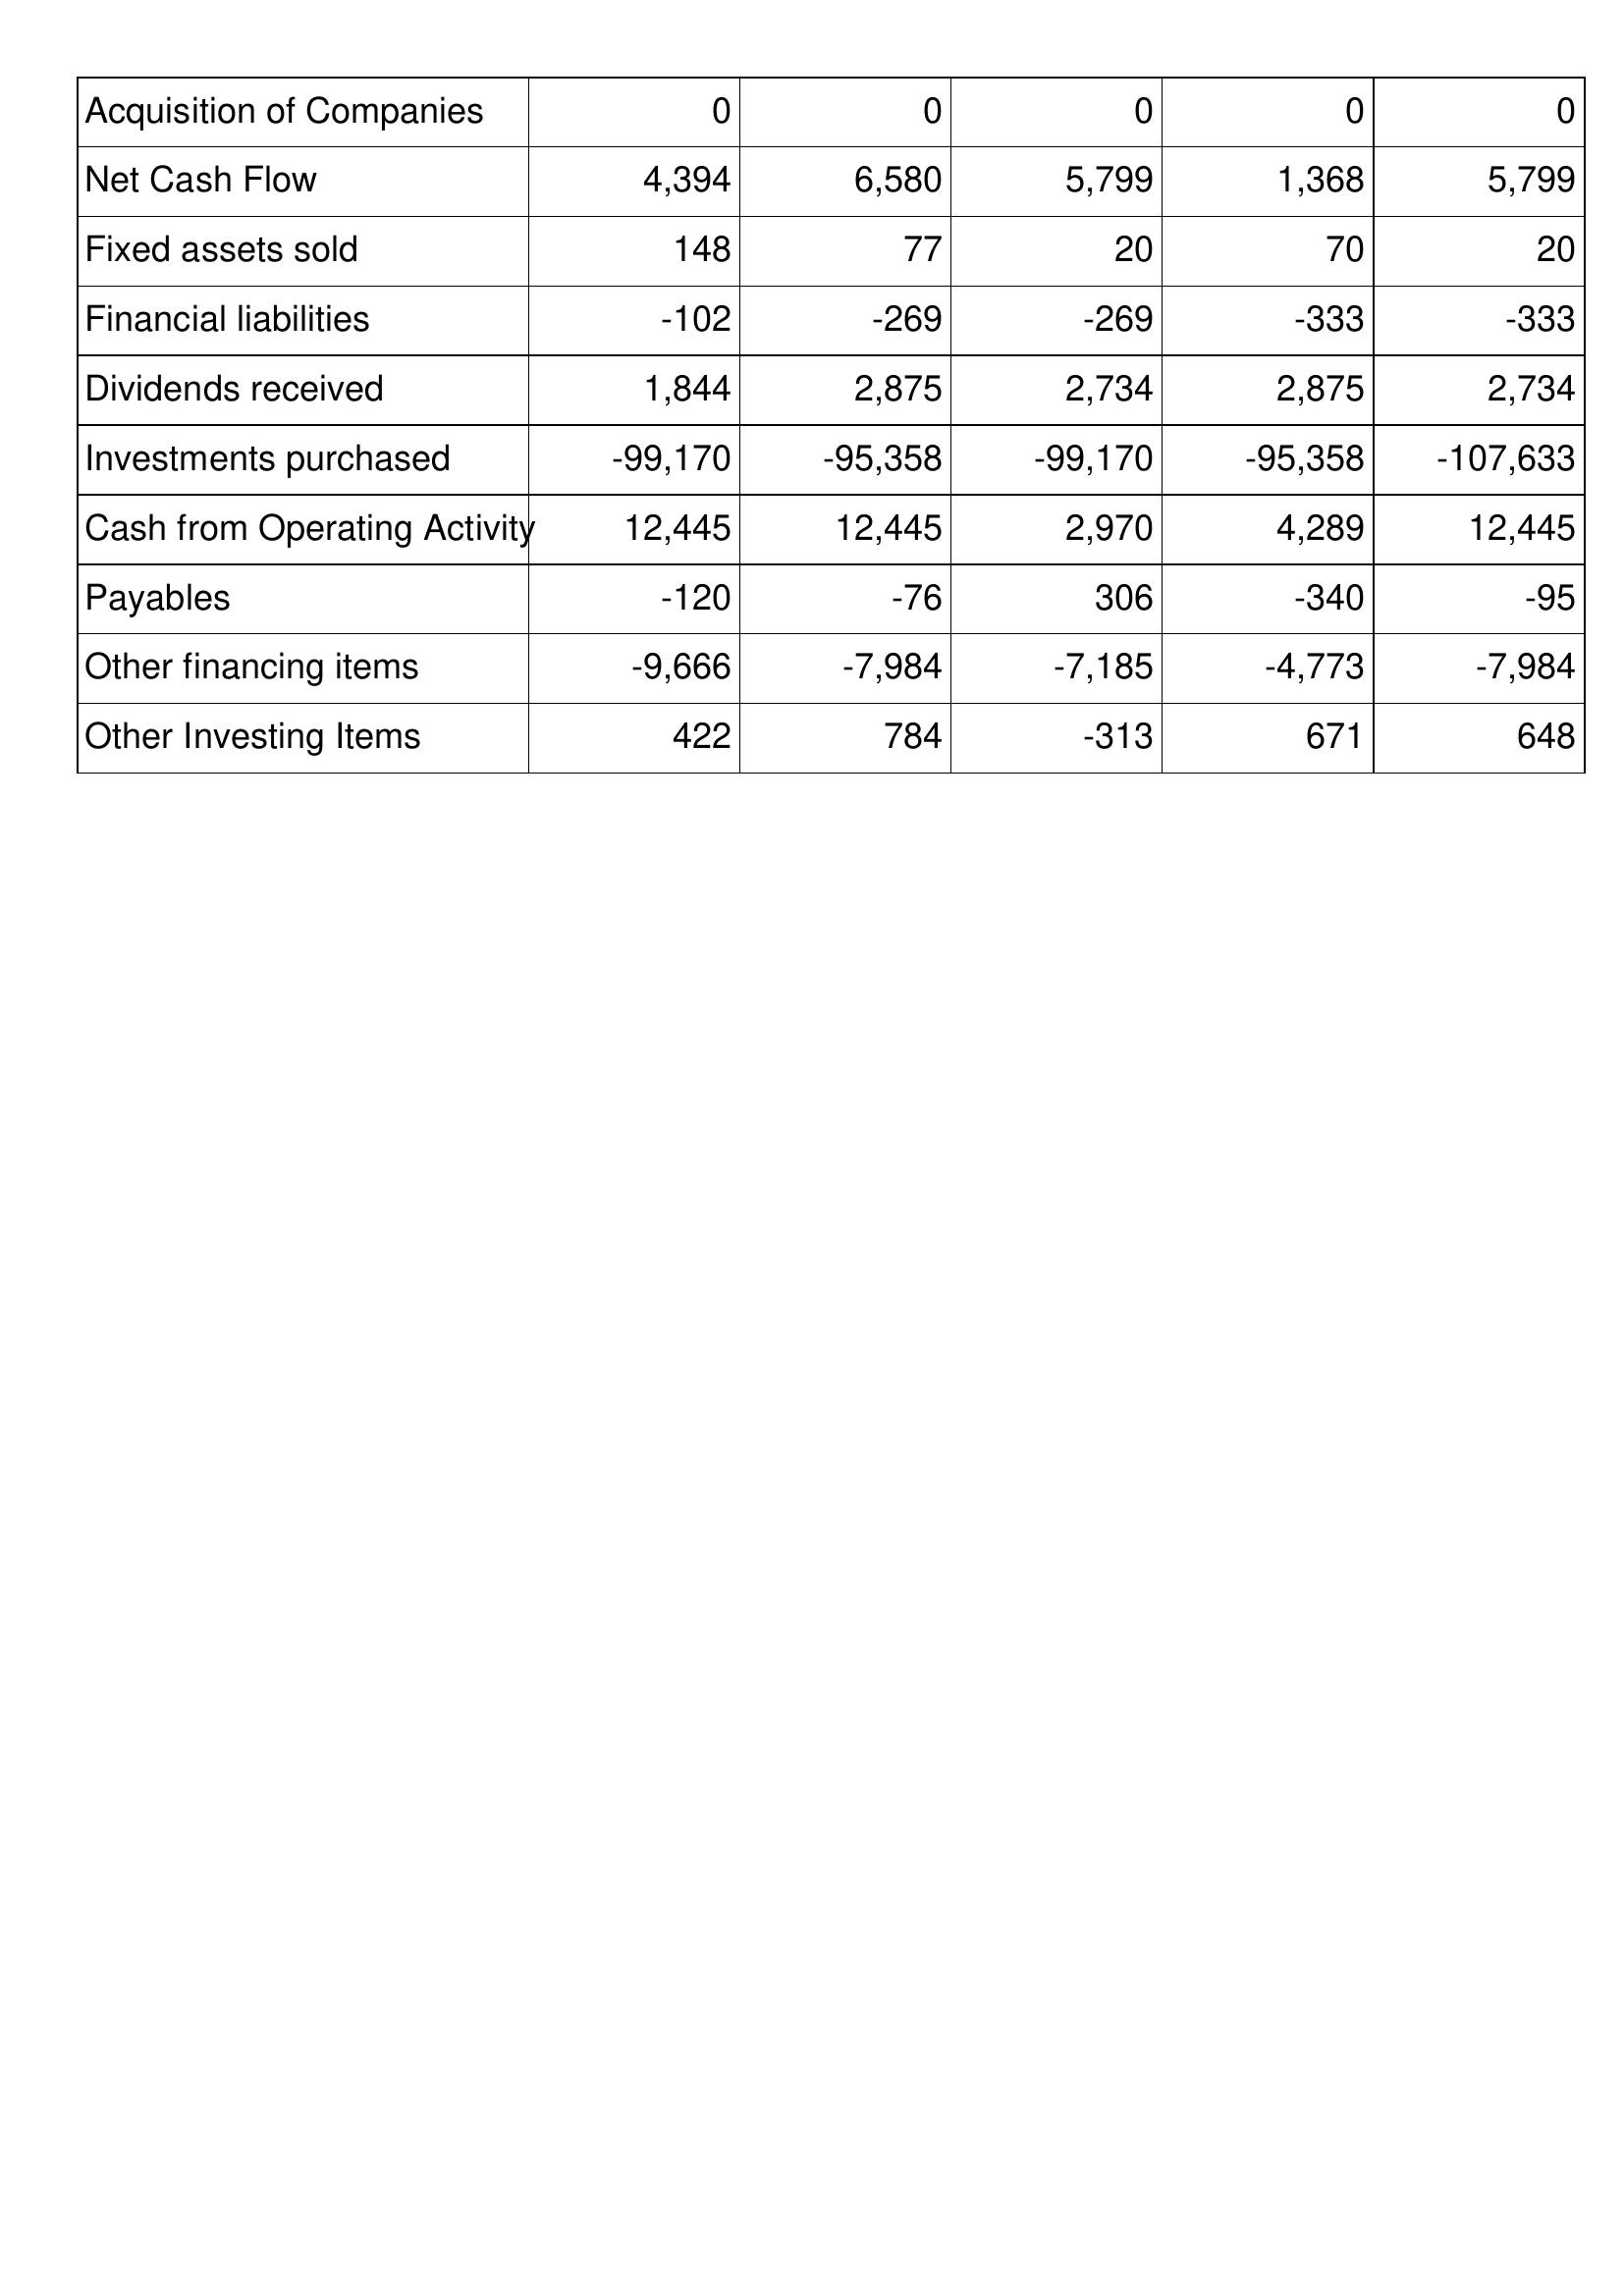
Apr-02: Cash Flows: Acquisition of Companies: 0
Net Cash Flow: 4,394
Fixed assets sold: 148
Financial liabilities: -102
Dividends received: 1,844
Investments purchased: -99,170
Cash from Operating Activity: 12,445
Payables: -120
Other financing items: -9,666
Other Investing Items: 422
Apr-01: Cash Flows: Acquisition of Companies: 0
Net Cash Flow: 6,580
Fixed assets sold: 77
Financial liabilities: -269
Dividends received: 2,875
Investments purchased: -95,358
Cash from Operating Activity: 12,445
Payables: -76
Other financing items: -7,984
Other Investing Items: 784
Apr-00: Cash Flows: Acquisition of Companies: 0
Net Cash Flow: 5,799
Fixed assets sold: 20
Financial liabilities: -269
Dividends received: 2,734
Investments purchased: -99,170
Cash from Operating Activity: 2,970
Payables: 306
Other financing items: -7,185
Other Investing Items: -313
Apr-99: Cash Flows: Acquisition of Companies: 0
Net Cash Flow: 1,368
Fixed assets sold: 70
Financial liabilities: -333
Dividends received: 2,875
Investments purchased: -95,358
Cash from Operating Activity: 4,289
Payables: -340
Other financing items: -4,773
Other Investing Items: 671
Apr-98: Cash Flows: Acquisition of Companies: 0
Net Cash Flow: 5,799
Fixed assets sold: 20
Financial liabilities: -333
Dividends received: 2,734
Investments purchased: -107,633
Cash from Operating Activity: 12,445
Payables: -95
Other financing items: -7,984
Other Investing Items: 648